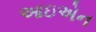
આઇએન